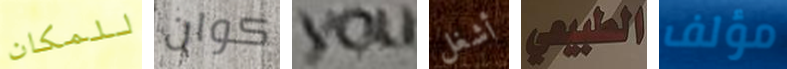
للمكان كوان you أشغل الطبيعي مؤلف